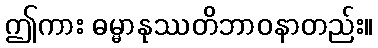
ဤကား ဓမ္မာနုဿတိဘာဝနာတည်း။